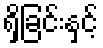
ရှိခြင်းနှင့်